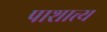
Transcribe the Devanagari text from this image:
पाशात्त्य